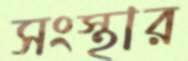
সংস্থার